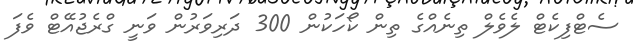
ސެޓްފިކެޓް ލެވެލް ތިނެއްގެ ތިން ކޯހަކުން 300 ދަރިވަރުން ވަނީ ގްރެޖުއޭޓް ވެފަ